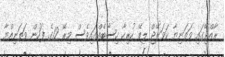
ރާއްޖޭގައި ވަތަނިޔާ ކަވަރޭޖް ލިބޭ ހުރިހާ ހިސާބެއްގައިވެސް މިރޭ 12ގެ ފަހުން ވަތަނިއްޔާ